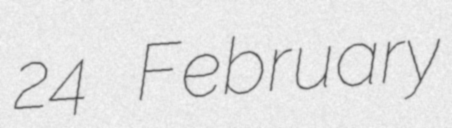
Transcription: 24 February